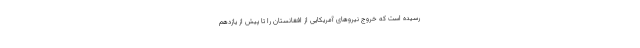
رسیده است که خروج نیروهای آمریکایی از افغانستان را تا پیش از یازدهم